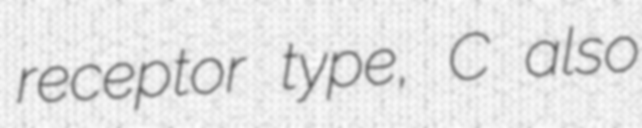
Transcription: receptor type, C also